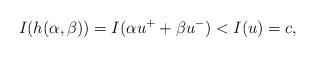
LaTeX: \begin{align*} I(h(\alpha,\beta))=I(\alpha u^++\beta u^-) <I(u)=c, \end{align*}